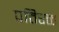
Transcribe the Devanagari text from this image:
प्रतिरक्त